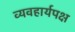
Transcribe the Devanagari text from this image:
व्यवहार्यपक्ष